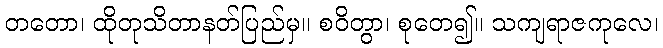
တတော၊ ထိုတုသိတာနတ်ပြည်မှ။ စဝိတွာ၊ စုတေ၍။ သကျရာဇကုလေ၊